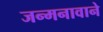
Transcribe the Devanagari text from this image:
जन्मनावाने